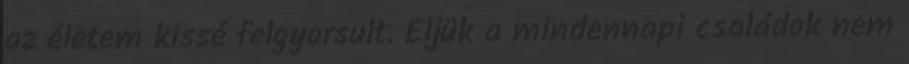
az életem kissé felgyorsult. Éljük a mindennapi családok nem